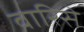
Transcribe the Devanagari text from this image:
वारिसे